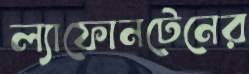
ল্যাফোনটেনের